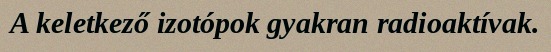
A keletkező izotópok gyakran radioaktívak.